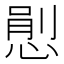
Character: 𢞈